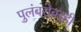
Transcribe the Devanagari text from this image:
पुलंबरोबरही